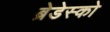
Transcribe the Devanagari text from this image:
ब्रेडेस्को